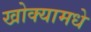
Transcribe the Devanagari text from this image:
खोक्यामधे